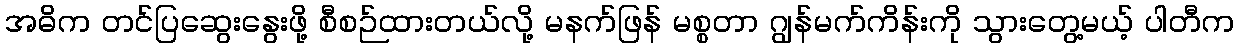
အဓိက တင်ပြဆွေးနွေးဖို့ စီစဉ်ထားတယ်လို့ မနက်ဖြန် မစ္စတာ ဂျွန်မက်ကိန်းကို သွားတွေ့မယ့် ပါတီက